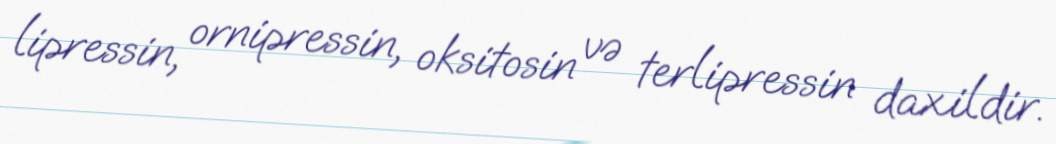
lipressin, ornipressin, oksitosin və terlipressin daxildir.